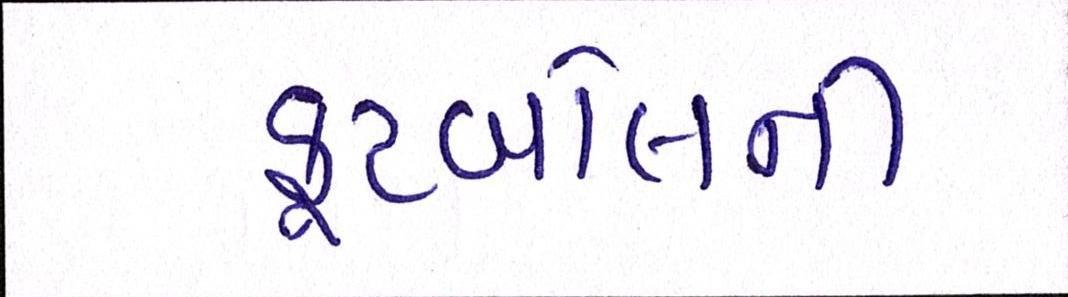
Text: ફૂટબોલની